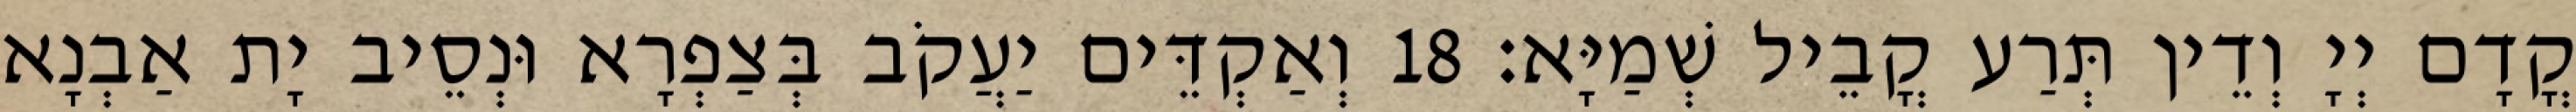
קֳדָם יְיָ וְדֵין תְּרַע קֳבֵיל שְׁמַיָּא׃ 18 וְאַקְדֵּים יַעֲקֹב בְּצַפְרָא וּנְסֵיב יָת אַבְנָא